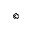
^ \mathrm { \textcopyright }